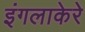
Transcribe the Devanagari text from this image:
इंगलाकेरे